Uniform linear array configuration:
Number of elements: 24
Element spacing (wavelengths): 0.75
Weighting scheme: uniform
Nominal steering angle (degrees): -60
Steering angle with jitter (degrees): -61.53
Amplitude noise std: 0.05
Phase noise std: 0.05

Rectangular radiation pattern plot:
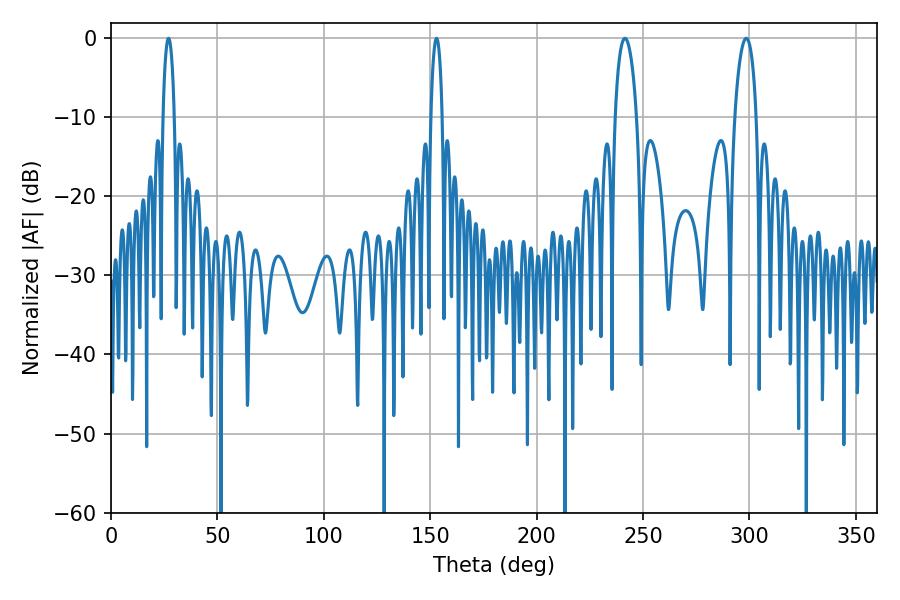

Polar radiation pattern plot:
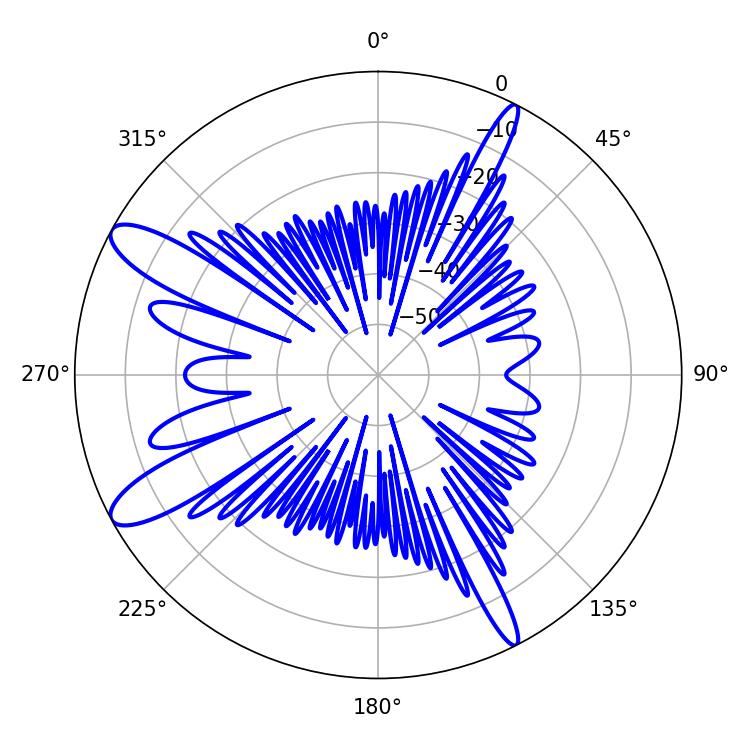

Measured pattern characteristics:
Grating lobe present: TRUE
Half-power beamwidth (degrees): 5.76
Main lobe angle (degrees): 241.56